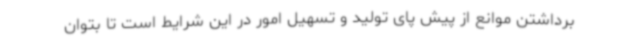
برداشتن موانع از پیش پای تولید و تسهیل امور در این شرایط است تا بتوان